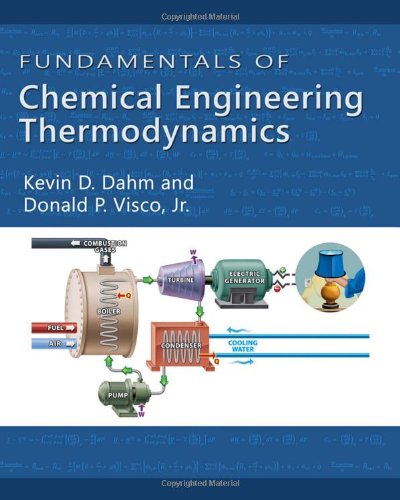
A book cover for Fundamentals of Chemical Engineering Thermodynamics; Kevin D. Dahm; Engineering & Transportation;